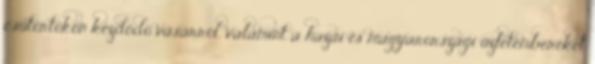
csütörtökön kezdődő vásárról, valamint a hazai és magyarországi üzletembereket